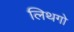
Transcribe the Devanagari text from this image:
लिथगो